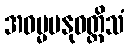
အဓမ္မမနုဝတ္တိသံ